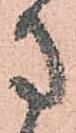
方